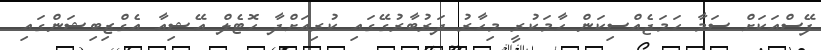
ފޭސްއަކަށް ސަމާ ހަމަޖެއްސިކަން ހާމަކުރީ މިހާރު ދަރުބާރުގޭގައި ކުރިއަށްދާ ހޮޓެލް އޭޝިއާ އެގްޒިބިޝަންގައި